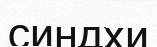
синдхи